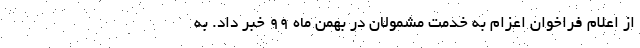
از اعلام فراخوان اعزام به خدمت مشمولان در بهمن ماه 99 خبر داد. به